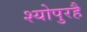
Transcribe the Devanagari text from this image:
श्योपुरहै